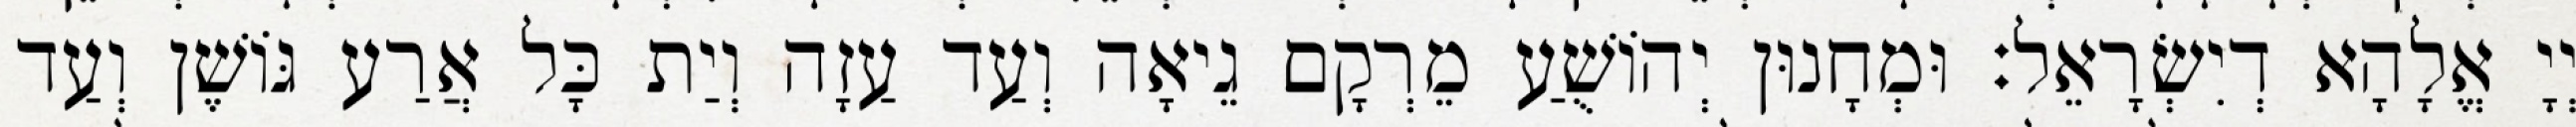
יְיָ אֱלָהָא דְיִשְׂרָאֵל׃ וּמְחָנוּן יְהוֹשֻׁעַ מֵרְקָם גֵיאָה וְעַד עַזָה וְיַת כָּל אֲרַע גּוֹשֶׁן וְעַד